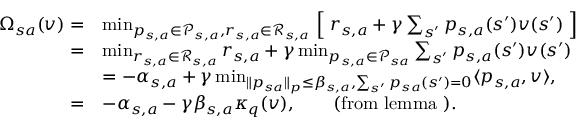
\begin{array} { r l } { \Omega _ { s a } ( v ) = } & { \operatorname* { m i n } _ { { p _ { s , a } \in \mathcal { P } _ { s , a } } , r _ { s , a } \in \mathcal { R } _ { s , a } } \Bigm [ r _ { s , a } + \gamma \sum _ { s ^ { \prime } } p _ { s , a } ( s ^ { \prime } ) v ( s ^ { \prime } ) \Bigm ] } \\ { = } & { \operatorname* { m i n } _ { r _ { s , a } \in \mathcal { R } _ { s , a } } r _ { s , a } + \gamma \operatorname* { m i n } _ { { p _ { s , a } \in \mathcal { P } _ { s a } } } \sum _ { s ^ { \prime } } p _ { s , a } ( s ^ { \prime } ) v ( s ^ { \prime } ) } \\ & { = - \alpha _ { s , a } + \gamma \operatorname* { m i n } _ { \lVert p _ { s a } \rVert _ { p } \leq \beta _ { s , a } , \sum _ { s ^ { \prime } } p _ { s a } ( s ^ { \prime } ) = 0 } \langle p _ { s , a } , v \rangle , } \\ { = } & { - \alpha _ { s , a } - \gamma \beta _ { s , a } \kappa _ { q } ( v ) , \qquad \mathrm { ( f r o m ~ l e m m a ~ ) . } } \end{array}